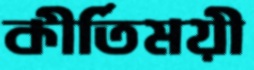
কীর্তিময়ী